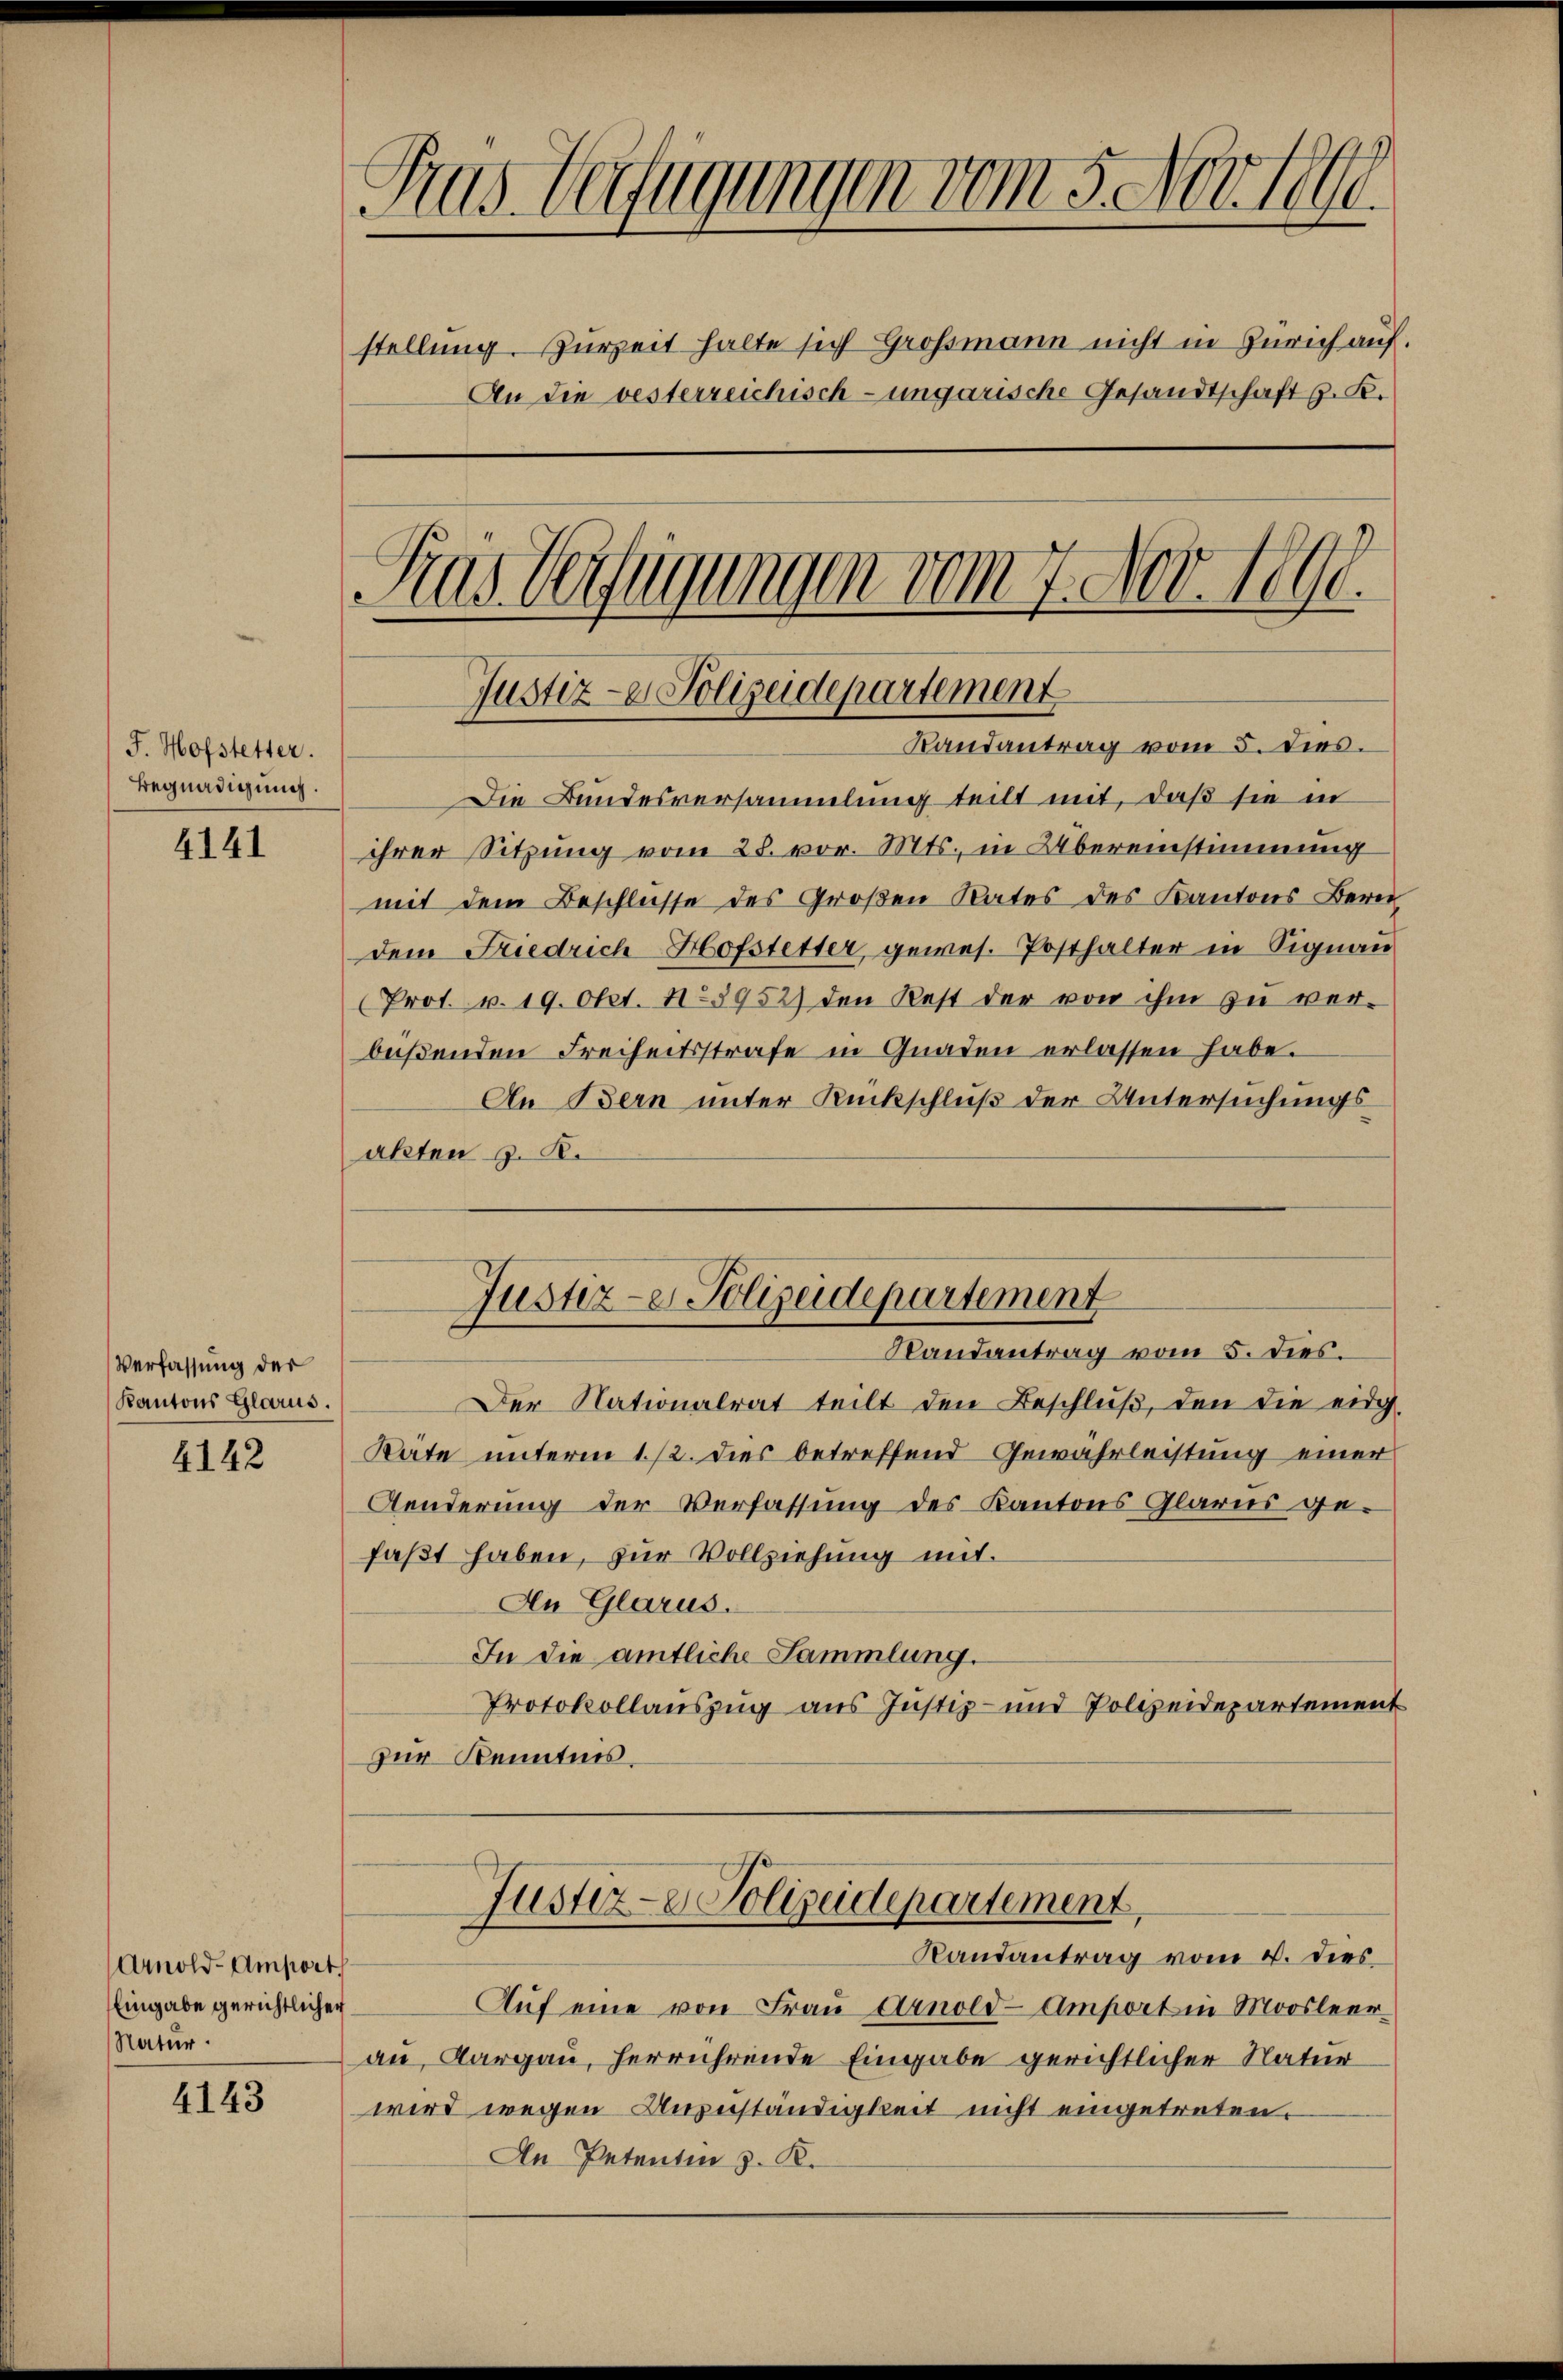
J. Hofstetter.
Begnadigung.

4141

Verfassung der
Kantons Glarus.

4142

Arnold-Amport
Eingabe gerichtlichen
Natur.

4143

Das Verfügungen vom 5. Nov. 1890.
stellung. Zurzeit halte sich Großmann nicht in Zürich auf.
An die vesterreichisch-ungarische Gesandtschaft z. K.
Pras Verfügungen vom 7. Nov. 1890.

Justiz- & Polizeidepartement

Randantrag vom 5. dies.
Die Bundesversammlung teilt mit, daß sie in
ihrer Sitzung vom 28. vor. Mts., in Übereinstimmung
mit dem Beschlusse des Großen Rates des Kantons Bern
dem Friedrich Hofstetter, gewes. Posthalter in Signau
Prot. v. 19. Okt. 125952) den Rest der von ihm zŭ ver-
büßenden Freiheitsstrafe in Gnaden erlassen habe.
An Bern unter Rückschluß der Untersuchungsakten z. B.
Randantrag vom 5. dies.
Der Nationalrat teilt den Beschluß, den die eidg.
Rate unterm 1./2. dies betreffend Gewährleistung einer
Aenderung der Verfassung des Kantons Glarus ge-
faßt haben, zur Vollziehung mit.
An Glarus.
In die amtliche Sammlung.
Protokollauszug aus Justiz- und Polizeidepartement
zur Kenntnis.
Justiz - Polizeidepartement,
Randantrag vom 4. dies
Aŭf eine von Frau Arnold-Amport in Moosleer
an, Aargau, herrührende Eingabe gerichtlicher Natur
wird wegen Anzuständigkeit nicht eingetreten.
An Petenten z. K.

Justiz-er Polizeidepartement